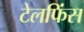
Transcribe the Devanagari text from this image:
टेलफिंस